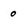
Character: o